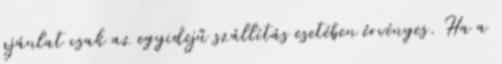
ajánlat csak az egyidejű szállítás esetében érvényes. Ha a